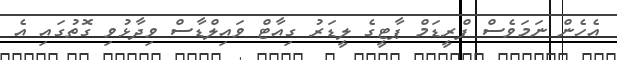
އެހެން ނަމަވެސް ފްރީޑަމް ޕާޓީގެ ލީޑަރު ގިއާޓް ވައިލްޑާސް ވިދާޅުވި ގޮތުގައި އެ